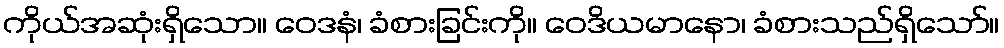
ကိုယ်အဆုံးရှိသော။ ဝေဒနံ၊ ခံစားခြင်းကို။ ဝေဒိယမာနော၊ ခံစားသည်ရှိသော်။